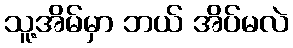
သူ့အိမ်မှာ ဘယ် အိပ်မလဲ